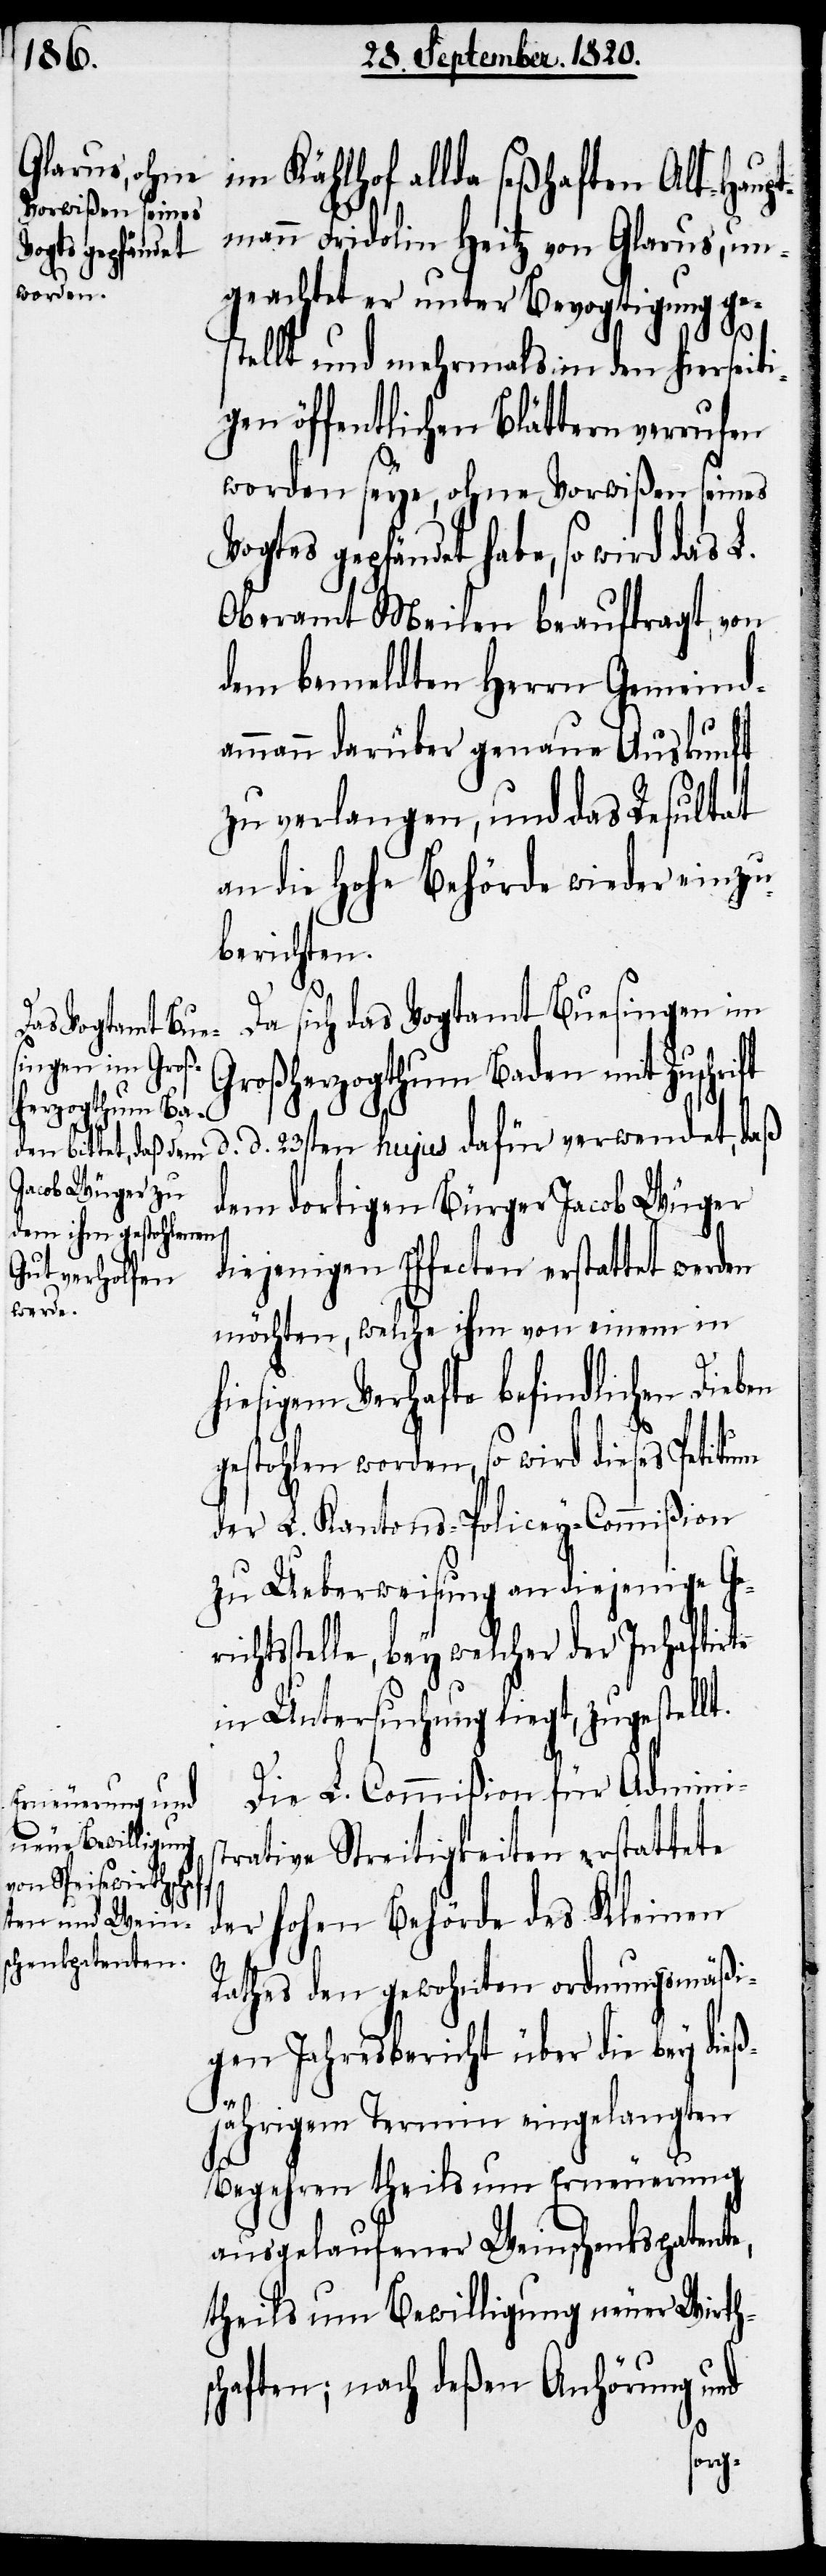
im Kählhof allda seßhaften Alt-Haup¬
tmann Fridolin Heitz von Glarus, un¬
geachtet er unter Bevogtigung g¬
es¬
tellt und mehrmals in den hierseiti¬
gen öffentlichen Blättern verrufen
worden seye, ohne Vorwißen seines
Vogtes gepfändet habe, so wird das L.
Oberamt Meilen beauftragt, von
dem bemeldten Herrn Gemeind¬
ammann darüber genaue Auskunft
zu verlangen, und das Resultat
an die hohe Behörde wieder einzu¬
berichten.
Da sich das Vogtamt Buesingen im
Großherzogthum Baden mit Zuschrift
d. 23sten hujus dafür verwendet, daß
dem dortigen Bürger Jacob Wüger
diejenigen Effecten erstattet werden
möchten, welche ihm von einem in
hiesigem Verhafte befindlichen Dieben
gestohlen worden, so wird dieses Petitum
der L. Kantons-Policey-Commißion
zu Ueberweisung an diejenige Geri¬
chtsstelle, bey welcher der Inhaftirte
in Untersuchung liegt, zugestellt.
Die L. Commißion für Adminis¬
trative Streitigkeiten erstattete
der hohen Behörde des Kleinen
Rathes den gewohnten ordnungsgemäßi¬
gen Jahresbericht über die bey dieß¬
d.
jährigem Termin eingelangten
Begehren theils um Erneuerung
ausgelaufener Weinschenkspatente,
theils um Bewilligung neuer Wirth¬
schaften, nach deßen Anhörung und